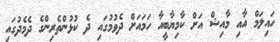
ހައިލަމް އާއި މާއިޝް އަށް ކާމިޔާބީއާ ހަމައަށް ދެވުމުގައި ދެ ކުޅުންތެރިންގެ ދެމެދުގައި